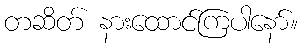
တဆိတ် နားထောင်ကြပါနော်။